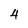
Character: 4